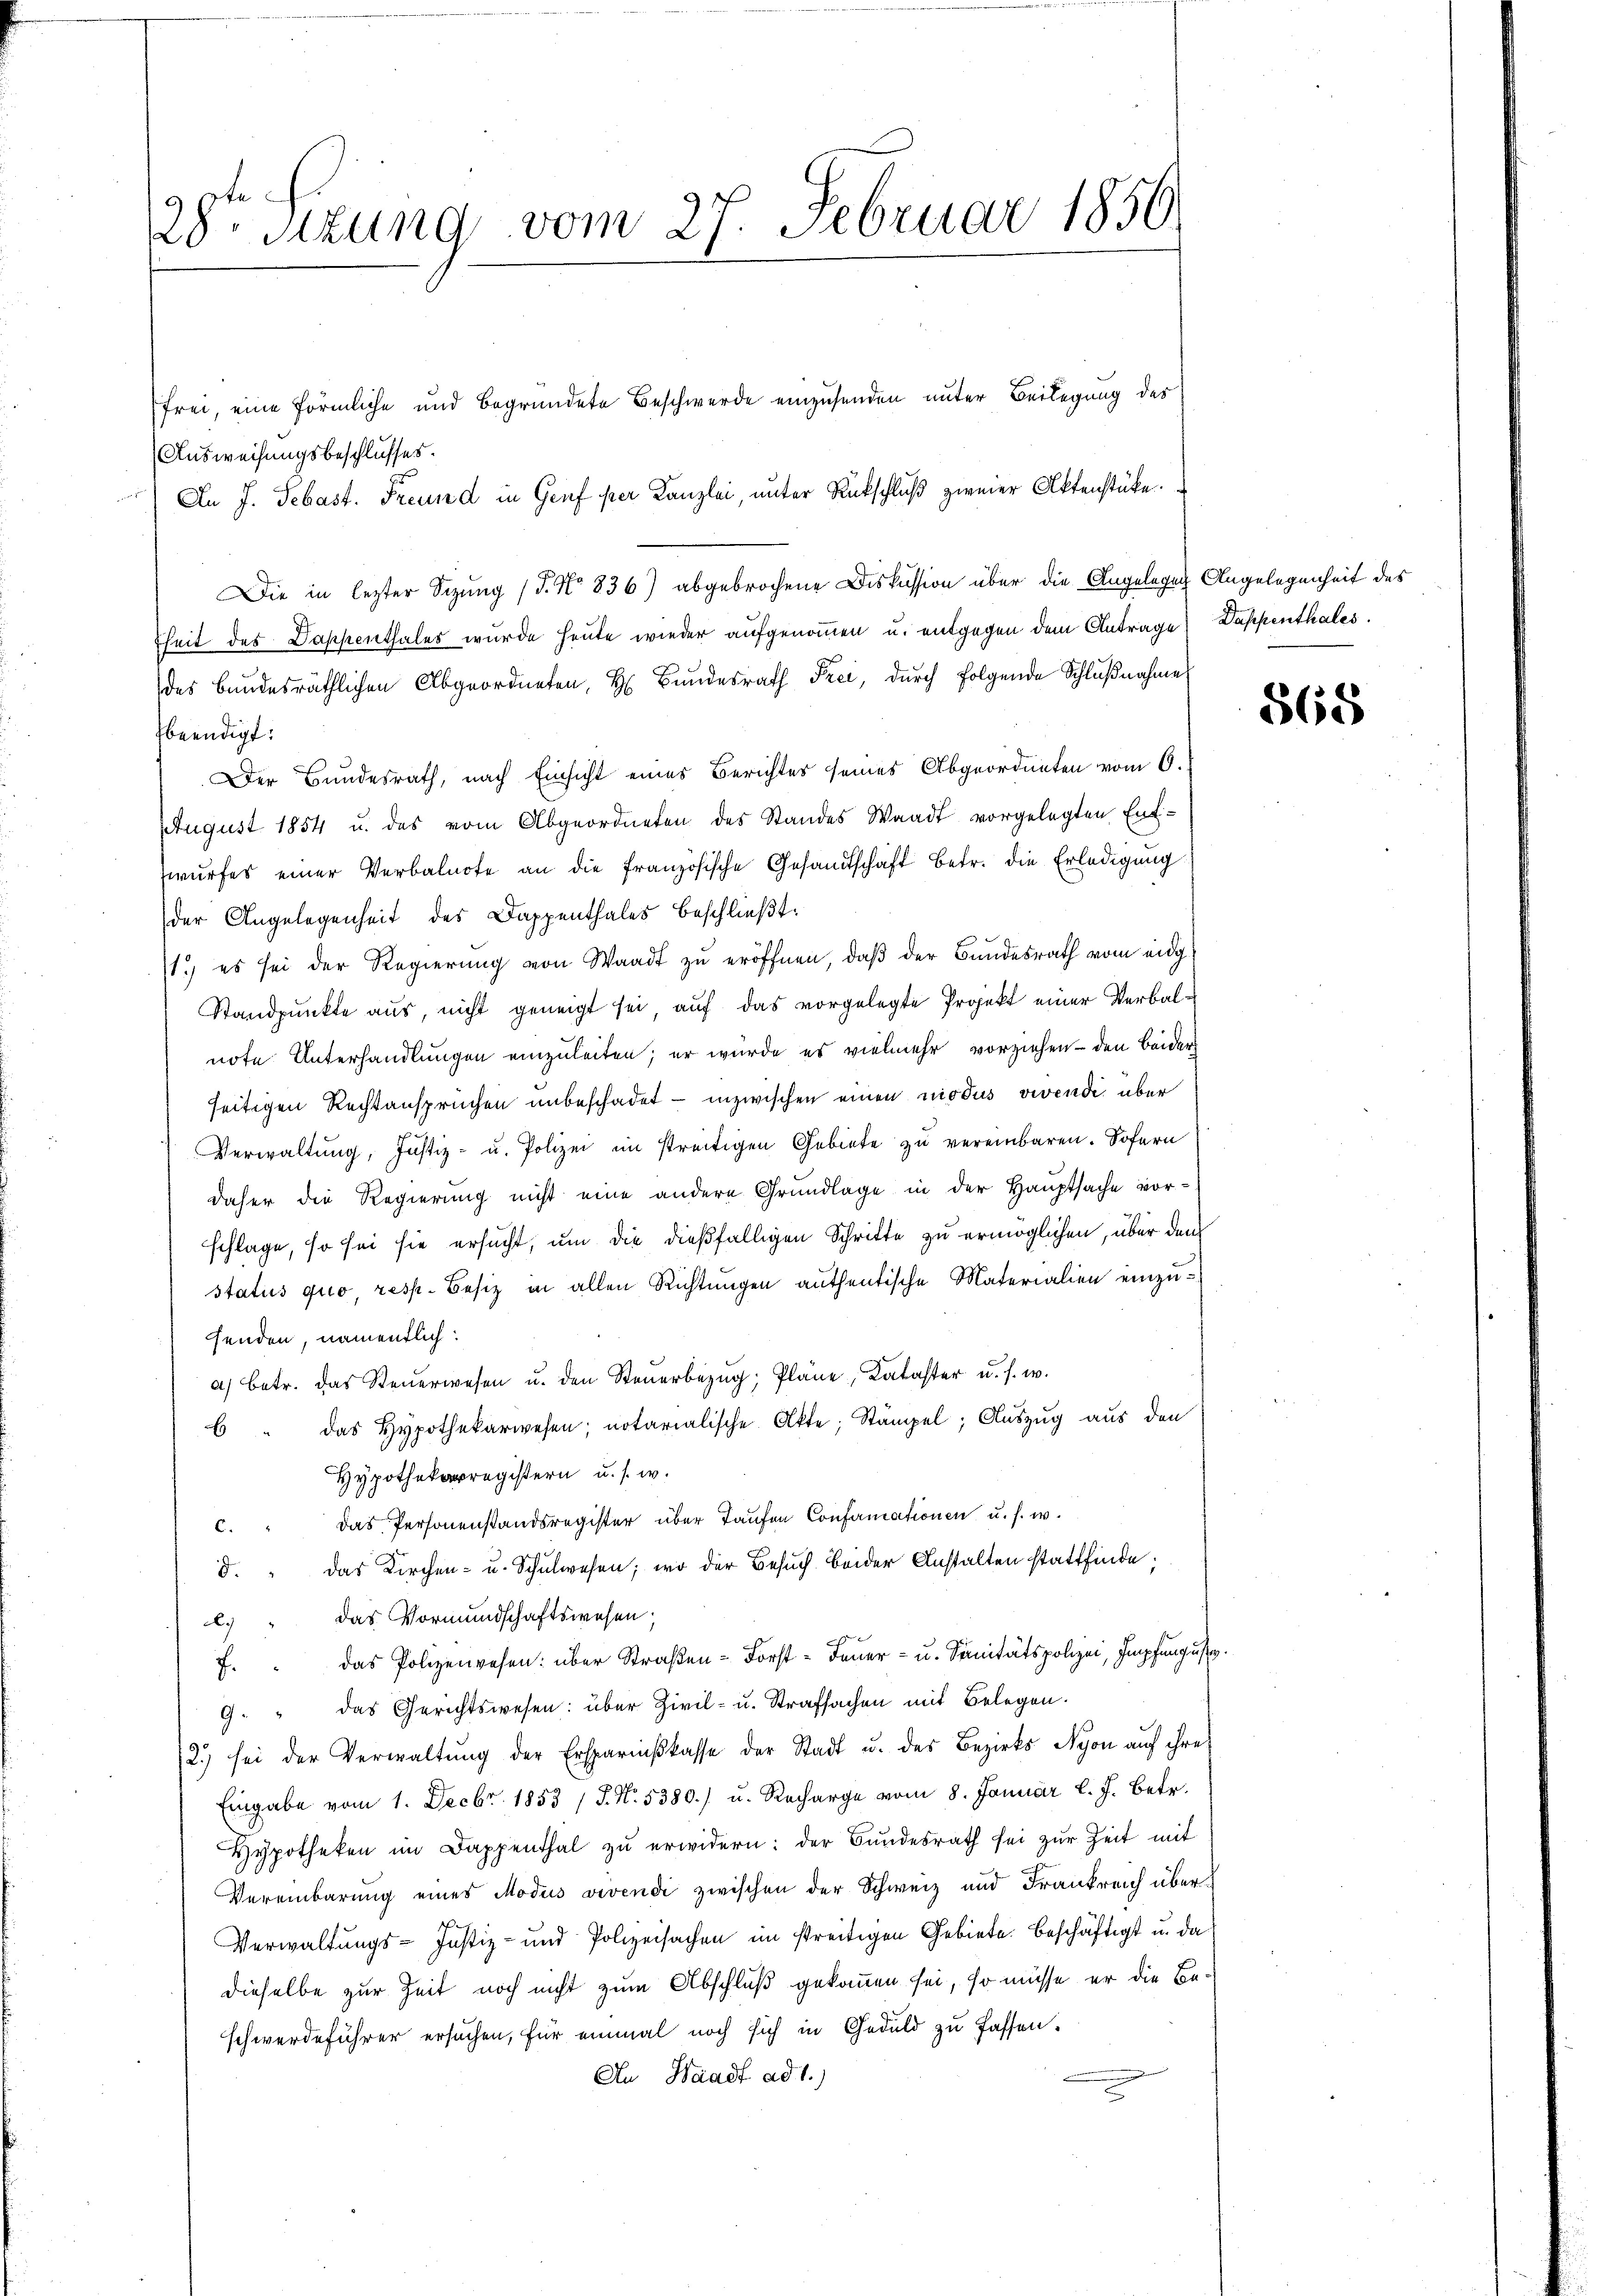
28ten Sitzung vom 27. Februar 1856

Ausweisungsbeschlusses.
Die in lezter Sitzung (d. No 836) abgebrochene Diskussion über die Angelegen Angelegenheit des
fheit des Dappenthales wurde heute wieder aufgenommen u. entgegen dem Antrage Dappenthales.
des Bundesräthlichen Abgeordneten, H. Bundesrath Frei, durch folgende Schlŭβnahme
beendigt:
Der Bundesrath, nach Einsicht eines Berichtes seines Abgeordneten vom 6.
August 1854 u. das vom Abgeordneten des Standes Waadt vorgelegten Ent-
wŭrfes einer Verbalnote an die französische Gesandtschaft betr. die Erledigŭng
der Angelegenheit des Dappenthales beschließt:
1.) es sei der Regierung von Waadt zu eröffnen, daß der Bundesrath vom eidg¬
Standpunkte aus, nicht geneigt sei, auf das vorgelegte Projekt einer Verbalnote Unterhandlungen einzuleiten; er wurde es vielmehr vorziehen - den beider
seitigen Rechtanspruchen unbeschadet - inzwischen einen niodus vivendi, über
Verwaltung, Justiz- u. Polizei im streitigen Gebiete zu vereinbaren. Sofern
daher die Regierung nicht eine andere Grundlage in der Hauptsache vor-
schlage, so sei sie ersucht, um die dießfälligen Schritte zu ermöglichen, über den
status quo, resp. Besiz in allen Richtungen authentische Materialien einzuhenden, namentlich:
a) betr. das Steŭerwesen u. den Steŭerbezŭg; Pläne, Kataster u. s. w.
6 " das Hypothekarwesen, notarialische Atte; Stämpel; Auszug aus den
Hypothekarregistern u. s. w.
c. " Das Personenstandsregister über Taufen Confirmationen u. s. w.
d. " Das Kirchen- u. Schulwesen; wo der Besuch beider Anstalten stattfinde;
.) " das Vormundschaftswesen;
.
f. " Das Polizeiwesen: über Straßen-Forst- Feuer- u. Sanitätspolizei, Impfungust
9. " das Gerichtswesen: über Zivil- u. Strafsachen mit Belegen.
2.) sei der Verwaltŭng der Ersparskasse der Stadt u. des Bezirks Nyon auf ihre
Eingabe vom 1. Decbr. 1853 /J. N. 5380.) u. Recharge vom 8. Januar l. J. betr.
Hypotheken im Dappenthal zŭ erwidern: der Bŭndesrath sei zŭr Zeit mit
Vereinbarung eines Modus vivendi zwischen der Schweiz und Frankreich über¬
Verwaltungs-Justiz- und Polizeisachen im streitigen Gebiete. Beschäftigt u. da
dieselbe zur Zeit noch nicht zum Abschluß gekommen sei, so müsse er die Beschwerdeführer ersuchen, für einmal noch sich in Geduld zu fassen.
An Waadt ad 1.)

frei, eine förmliche und begründete Beschwerde einzusenden unter Beilegung des
) An J. Sebast. Freund in Genf per Kanzlei, unter Rückschluß zweier Aktenstücke.

568